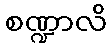
စဏ္ဍာလိ